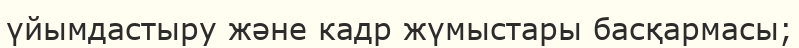
үйымдастыру және кадр жүмыстары басқармасы;